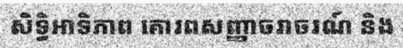
សិទ្ធិអាទិភាព គោរពសញ្ញាចរាចរណ៍ និង